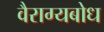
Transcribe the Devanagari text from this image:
वैराग्यबोध